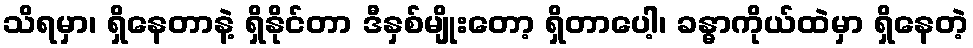
သိရမှာ၊ ရှိနေတာနဲ့ ရှိနိုင်တာ ဒီနှစ်မျိုးတော့ ရှိတာပေါ့၊ ခန္ဓာကိုယ်ထဲမှာ ရှိနေတဲ့